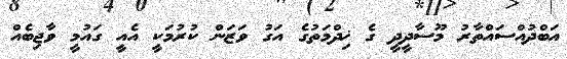
އަބްދުއްސައްތާރު މޫސާދީދީ ގެ ޚިދްމަތުގެ އަގު ވަޒަން ކުރުމަކީ އެއީ ގައުމީ ވާޖިބެއް